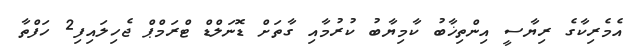
އެމެރިކާގެ ރިޔާސީ އިންތިޚާބު ކާމިޔާބު ކުރުމާއި ގާތަށް ޑޮނަލްޑް ޓްރަމްޕް ޖެހިލައިފި2 ހަފްތާ